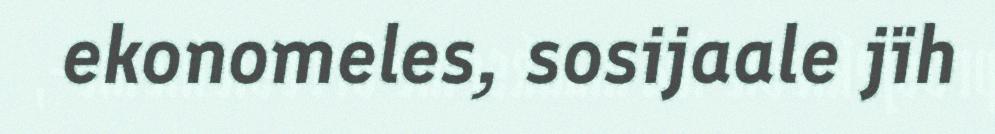
ekonomeles, sosijaale jïh